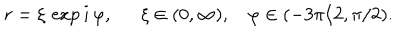
r = \xi \, \exp i \, \varphi , \ \ \xi \in ( 0 , \infty ) , \ \ \ \, \varphi \in ( - 3 \pi / 2 , \pi / 2 ) .